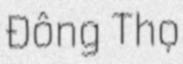
Đông Thọ